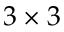
3 \times 3